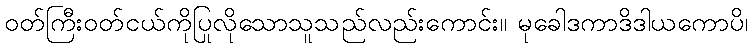
ဝတ်ကြီးဝတ်ငယ်ကိုပြုလိုသောသူသည်လည်းကောင်း။ မုခေါဒကာဒိဒါယကောပိ၊